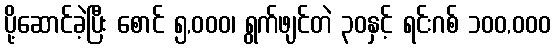
ပို့ဆောင်ခဲ့ပြီး စောင် ၅,၀၀၀၊ ရွက်ဖျင်တဲ ၃၀နှင့် ရင်းဂစ် ၁၀၀,၀၀၀